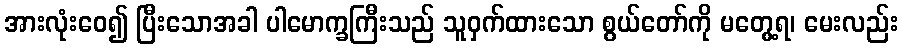
အားလုံးဝေ၍ ပြီးသောအခါ ပါမောက္ခကြီးသည် သူဝှက်ထားသော စွယ်တော်ကို မတွေ့ရ၊ မေးလည်း